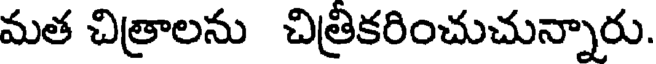
మత చిత్రాలను చిత్రికరించుచున్నారు.